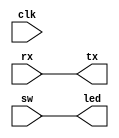
module top(
    input  wire clk,

    input  wire rx,
    output wire tx,

	input  wire [15:0] sw,
	output wire [15:0] led
);
  assign led = sw;

  // Uart loopback
  assign tx = rx;
endmodule